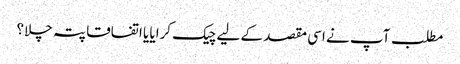
مطلب آپ نے اسی مقصد کے لیے چیک کرایا یا اتفاقا پتہ چلا؟